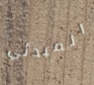
المبدئي